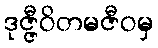
ဒုဇ္ဇီဝိတမဇီဝမှ